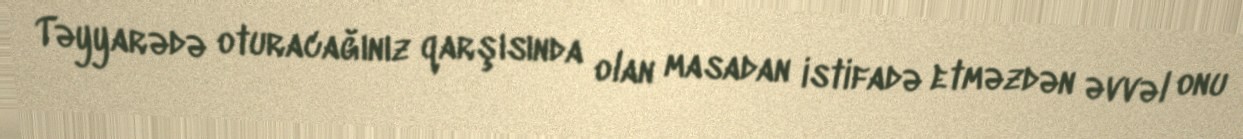
Təyyarədə oturacağınız qarşısında olan masadan istifadə etməzdən əvvəl onu